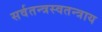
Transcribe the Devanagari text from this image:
सर्वतन्त्रस्वतन्त्राय